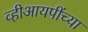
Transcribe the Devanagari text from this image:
व्हीआयपींच्या